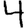
Digit: 4